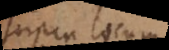
supra locum